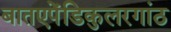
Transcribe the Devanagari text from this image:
बातएपेंडिकुलरगांठ